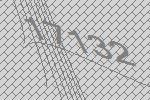
17132